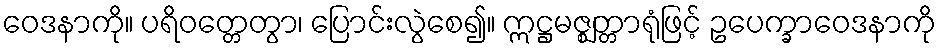
ဝေဒနာကို။ ပရိဝတ္တေတွာ၊ ပြောင်းလွဲစေ၍။ ဣဋ္ဌမဇ္ဈတ္တာရုံဖြင့် ဥပေက္ခာဝေဒနာကို